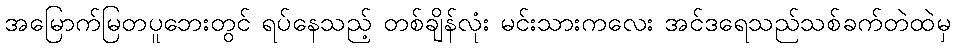
အမြောက်မြတပူဘေးတွင် ရပ်နေသည့် တစ်ချိန်လုံး မင်းသားကလေး အင်ဒရေသည်သစ်ခက်တဲထဲမှ